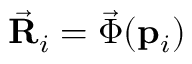
\vec { \bf R } _ { i } = \vec { \boldsymbol { \Phi } } ( { \bf p } _ { i } )